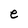
Character: e